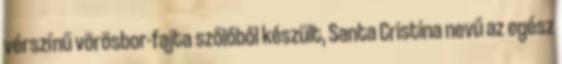
vér­színű vörösbor-fajta szőlőből készült, Santa Cristina nevű az egész